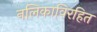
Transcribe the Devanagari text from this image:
नलिकाविरहित